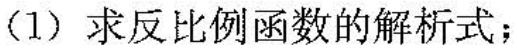
(1) 求反比例函数的解析式；